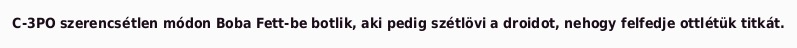
C-3PO szerencsétlen módon Boba Fett-be botlik, aki pedig szétlövi a droidot, nehogy felfedje ottlétük titkát.